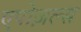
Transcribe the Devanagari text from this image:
एपोज़ल्स